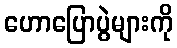
ဟောပြောပွဲများကို